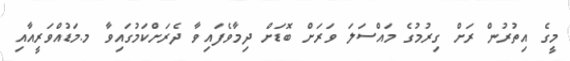
މީގެ އިތުރުން ރަށް ގިރުމުގެ މައްސަލަ ވަރަށް ބޮޑަށް ދިމާވެފައިވާ ދެރަށްކަމުގައިވާ މ.މަޑުއްވަރީއާއި